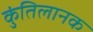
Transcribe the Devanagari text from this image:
कुंतिलानक